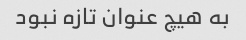
به هیچ عنوان تازه نبود